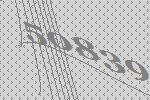
50839